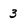
Character: 3